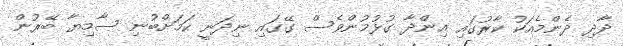
ދާދި ދެންމެއަކު ކާރުގައި އިންދާ ގުޅުމުންވެސް ގޭގައި ނިދަނީ ކަމަށްބުނި ސާމިޔާ ބޭރުން